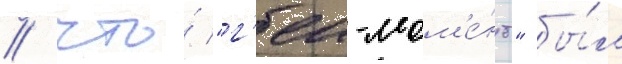
/ что́ "г'еи-мом'е́нт" бы́л